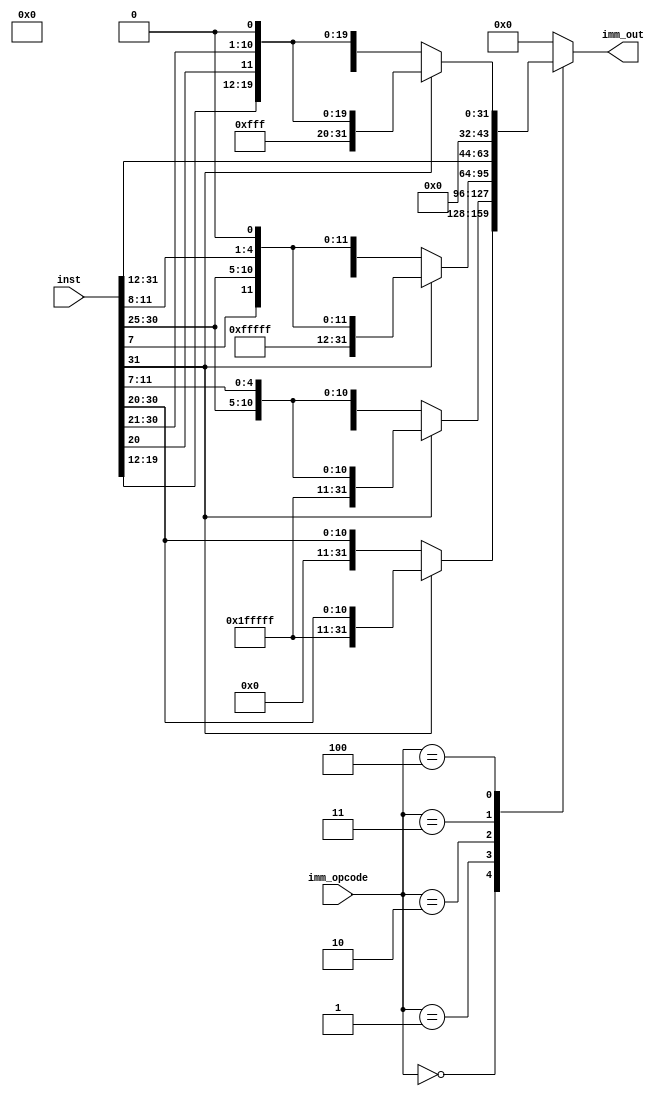
module imm_ext(
  input wire [2:0] imm_opcode, // 000-I, 001-S, 010-B, 011-U, 100-J
  input wire [31:0] inst, // Non extended input value
  output wire [31:0] imm_out // Extended output value
);
    reg [31:0] imm_reg;
    wire [11:0] imm_i;
    wire [11:0] imm_s; 
    wire [12:1] imm_b;
    wire [31:12] imm_u;
    wire [20:1] imm_j;
    

    assign imm_i = inst[31:20];
    assign imm_b = {inst[31], inst[7], inst[30:25], inst[11:8]};
    assign imm_s = {inst[31:25], inst[11:7]};
    assign imm_u = inst[31:12];
    assign imm_j = {inst[31],inst[19:12], inst[20], inst[30:21]};
    
    always@(*) begin
   
        case (imm_opcode)
            3'b000: begin // I-type
                if(imm_i[11]==1)
                    imm_reg <= {20'b11111111111111111111, imm_i[11:0]};
                else
                    imm_reg <= {20'b00000000000000000000, imm_i[11:0]};
            end
            
            3'b001: begin //S-type
                if(imm_s[11]==1)
                    imm_reg <= {20'b11111111111111111111, imm_s[11:0]};
                else
                    imm_reg <= {20'b00000000000000000000, imm_s[11:0]};
            end
            
            3'b010: begin // B-TYPE     
                if (imm_b[12]==1)
                    imm_reg <= {19'b1111111111111111111, imm_b[12:1], 1'b0};
                else
                    imm_reg <= {19'b0000000000000000000, imm_b[12:1], 1'b0};
            end

            3'd011: begin //U-type
                imm_reg <= {imm_u[31:12], 12'b000000000000};
            end
            
            3'd100: begin //J-type
                if (imm_j[20] ==1)
                    imm_reg <= {11'b11111111111, imm_j[20:1], 1'b0};
                else
                    imm_reg <= {11'b00000000000 , imm_j[20:1], 1'b0};
            end
            
            default:
                imm_reg <= 0;
        endcase
    end

    assign imm_out = imm_reg;
endmodule